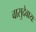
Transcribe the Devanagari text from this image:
वासुदेवायः